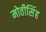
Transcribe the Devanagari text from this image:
मोतीसिंह